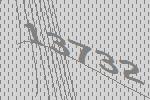
13732